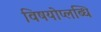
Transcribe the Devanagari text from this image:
विषयोप्लब्धि